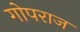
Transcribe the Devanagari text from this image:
गोपराज